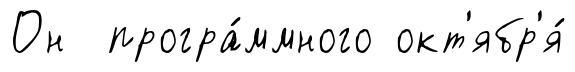
Он програ́ммного окт'ябр'я́